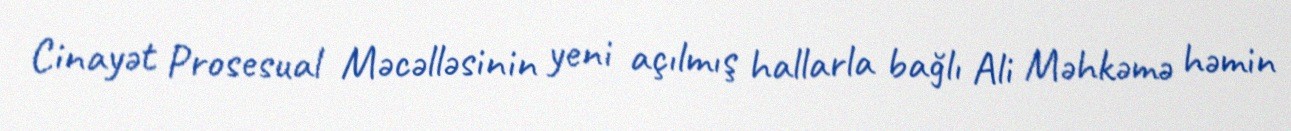
Cinayət Prosesual Məcəlləsinin yeni açılmış hallarla bağlı Ali Məhkəmə həmin